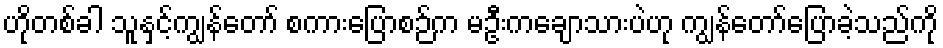
ဟိုတစ်ခါ သူနှင့်ကျွန်တော် စကားပြောစဉ်က မဦးကချောသားပဲဟု ကျွန်တော်ပြောခဲ့သည်ကို